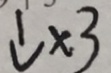
\downarrow \times 3